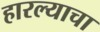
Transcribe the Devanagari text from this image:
हारल्याचा